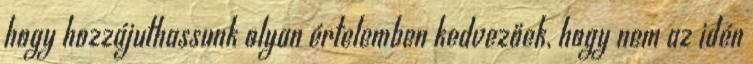
hogy hozzájuthassunk olyan értelemben kedvezőek, hogy nem az idén